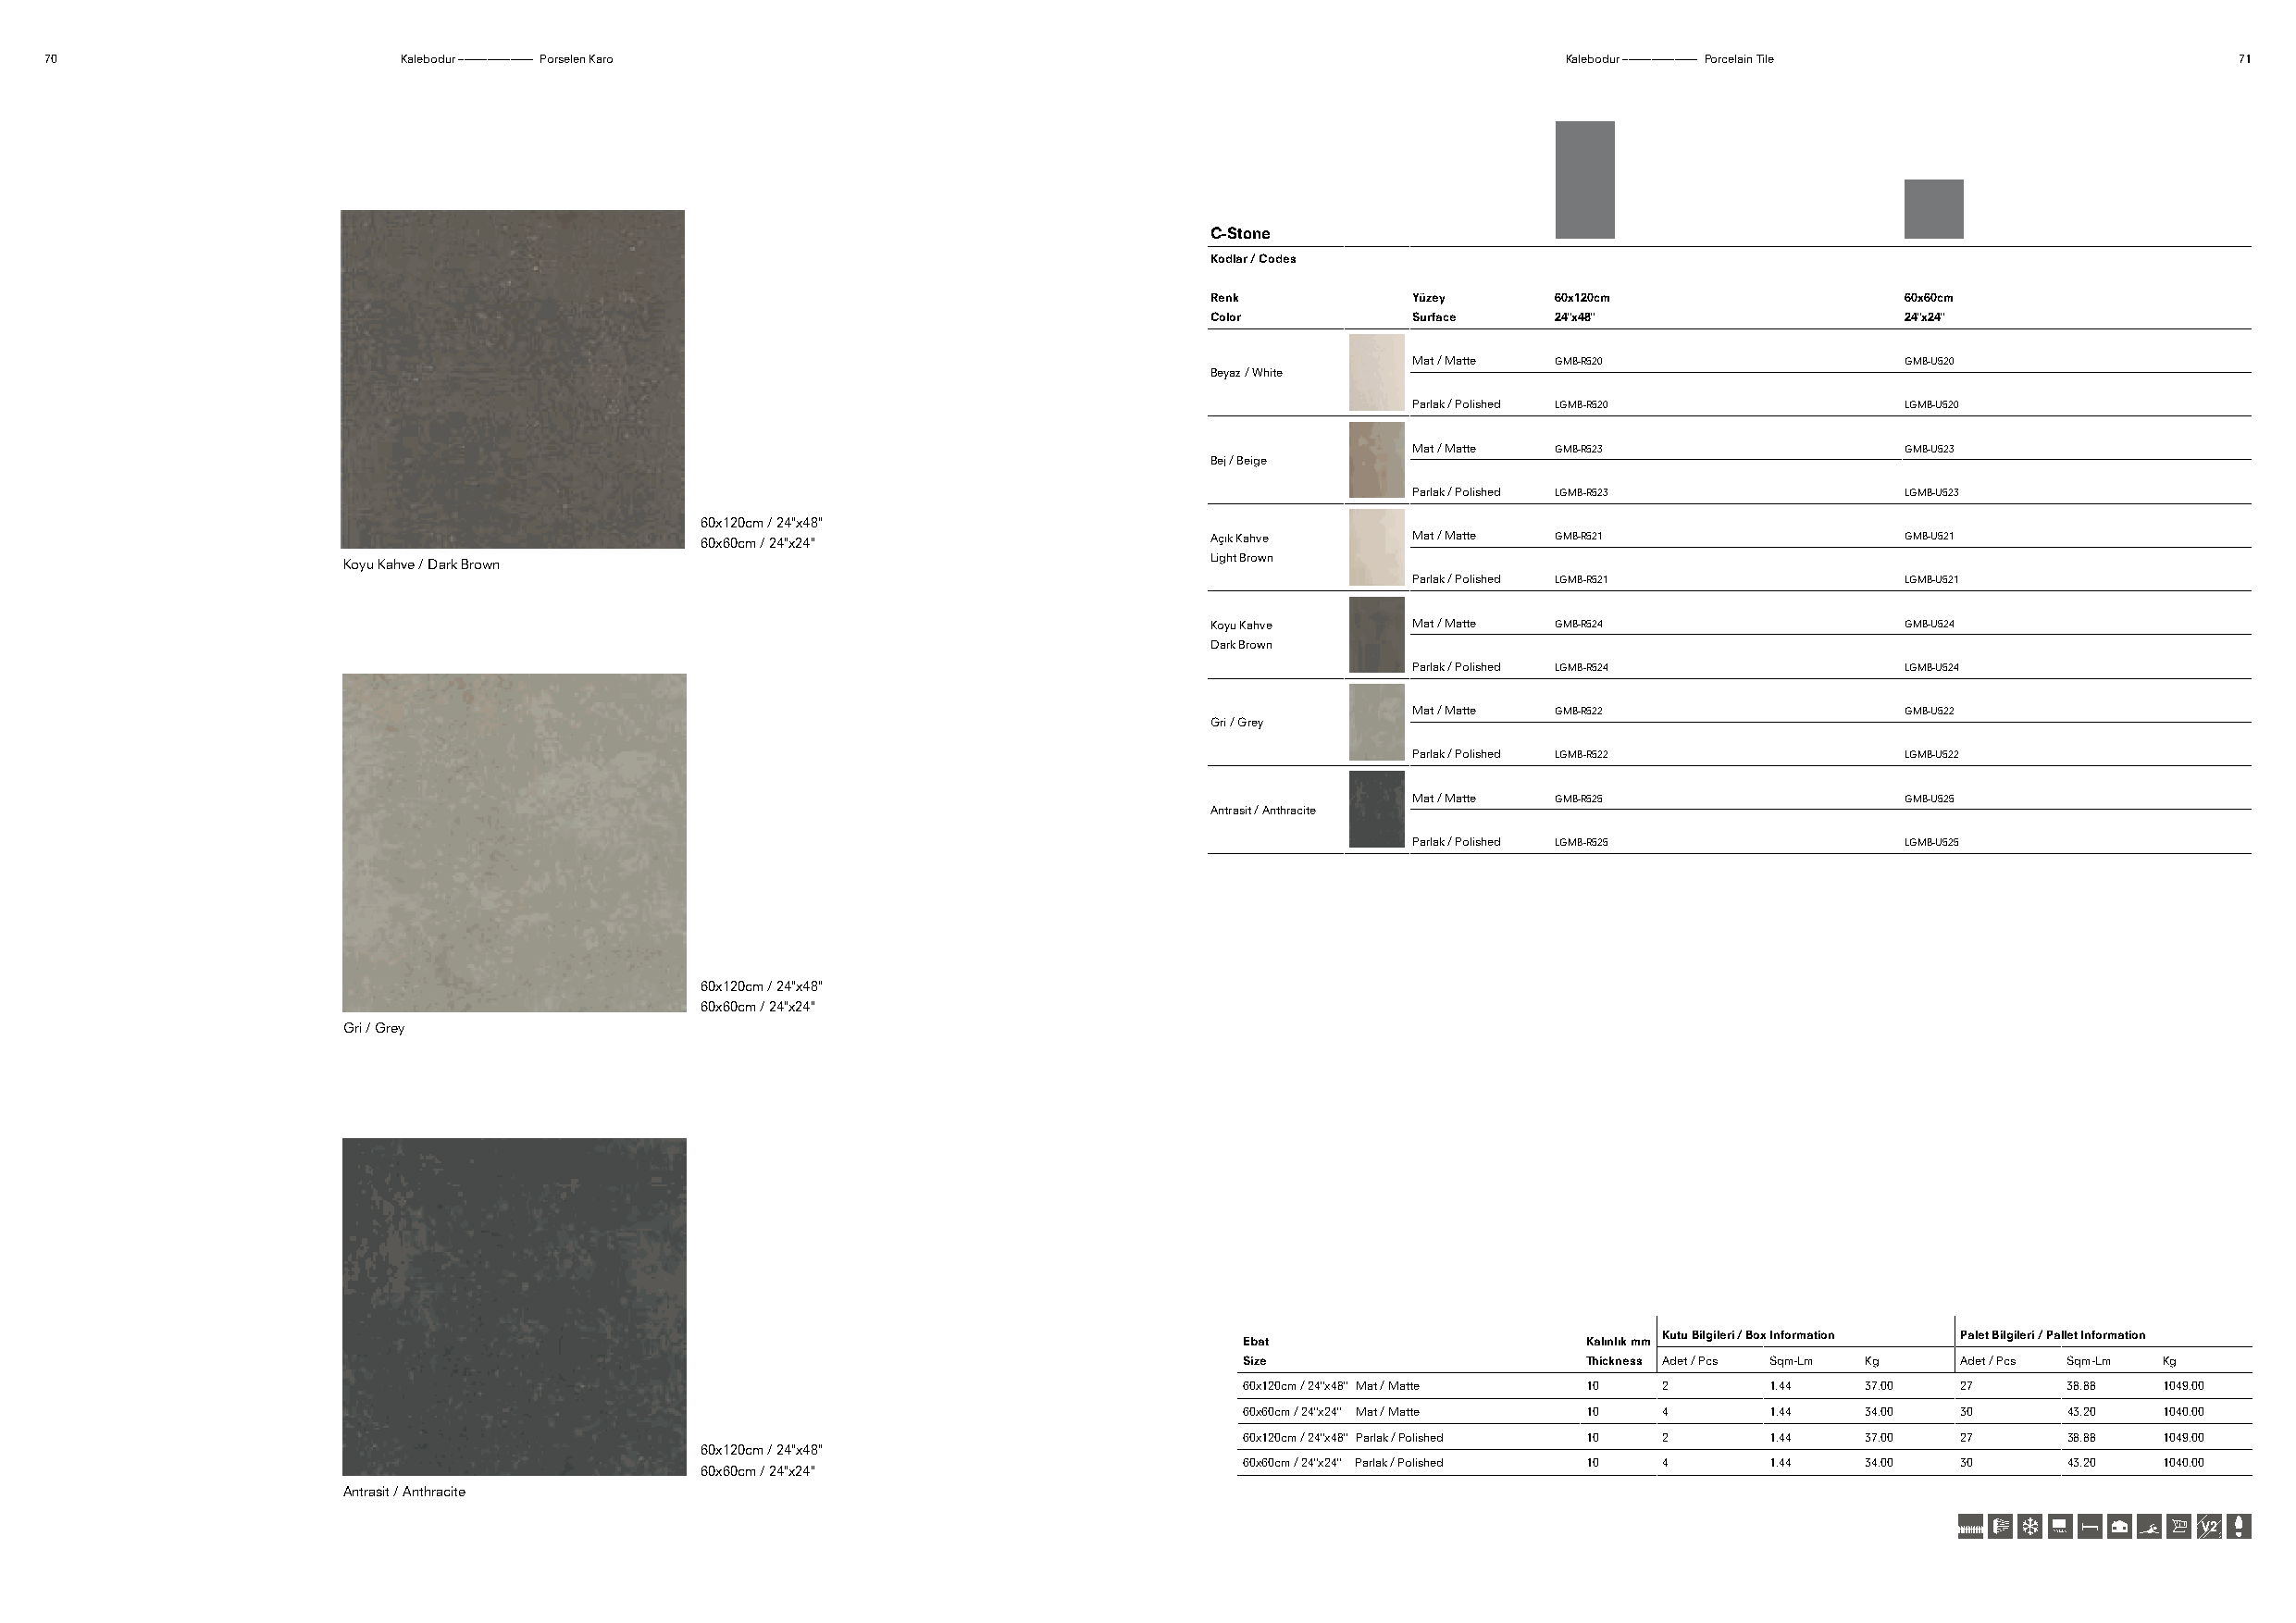
70                        Kalebodur ––––––––––––– Porselen Karo                                              Kalebodur ––––––––––––– Porcelain Tile          71
 C-Stone
 Kodlar / Codes
 Renk          Yüzey     60x120cm                 60x60cm
 Color         Surface   24"x48"                  24"x24"
 Mat / Matte GMB-R520               GMB-U520
 Beyaz / White
 Parlak / Polished LGMB-R520        LGMB-U520
 Mat / Matte GMB-R523               GMB-U523
 Bej / Beige
 Parlak / Polished LGMB-R523        LGMB-U523
 60x120cm / 24"x48"
 60x60cm / 24"x24"                    Açık Kahve    Mat / Matte GMB-R521               GMB-U521
 Light Brown
 Koyu Kahve / Dark Brown
 Parlak / Polished LGMB-R521        LGMB-U521
 Koyu Kahve    Mat / Matte GMB-R524               GMB-U524
 Dark Brown
 Parlak / Polished LGMB-R524        LGMB-U524
 Mat / Matte GMB-R522               GMB-U522
 Gri / Grey
 Parlak / Polished LGMB-R522        LGMB-U522
 Mat / Matte GMB-R525               GMB-U525
 Antrasit / Anthracite
 Parlak / Polished LGMB-R525        LGMB-U525
 60x120cm / 24"x48"
 60x60cm / 24"x24"
 Gri / Grey
 Kutu Bilgileri / Box Information Palet Bilgileri / Pallet Information
 Ebat                    Kalınlık mm
 Size                    Thickness Adet / Pcs Sqm-Lm Kg Adet / Pcs Sqm-Lm Kg
 60x120cm / 24"x48" Mat / Matte 10 2   1.44  37.00  27      38.88  1049.00
 60x60cm / 24"x24" Mat / Matte 10 4    1.44  34.00  30      43.20  1040.00
 60x120cm / 24"x48" Parlak / Polished 10 2 1.44 37.00 27    38.88  1049.00
 60x120cm / 24"x48"
 60x60cm / 24"x24" Parlak / Polished 10 4 1.44 34.00 30     43.20  1040.00
 60x60cm / 24"x24"
 Antrasit / Anthracite